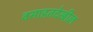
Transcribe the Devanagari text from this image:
वसाहतदेखील